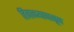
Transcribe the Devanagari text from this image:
हिवाळ्यापासून